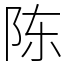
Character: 陈